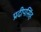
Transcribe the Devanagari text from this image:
प्रदीपसिंह